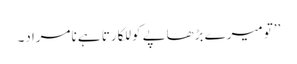
’’تو میرے بڑھاپے کو للکارتا ہے نامراد۔